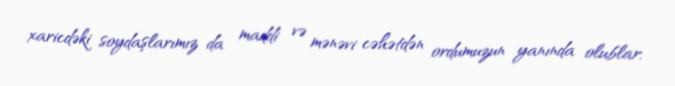
xaricdəki soydaşlarımız da maddi və mənəvi cəhətdən ordumuzun yanında olublar,